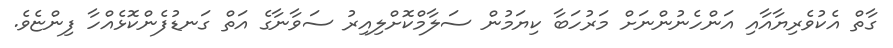
ގާތް އެކުވެރިޔާއާއި އަންހެނުންނަށް މަރުހަބާ ކިޔަމުން ސަލާމްކޮށްލިއިރު ސަވާނާގެ އަތް ގަނޑުފެންކޮޅެއްހާ ފިންޏެވެ.